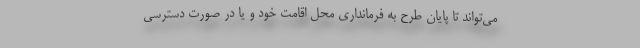
می‌تواند تا پایان طرح به فرمانداری محل اقامت خود و یا در صورت دسترسی